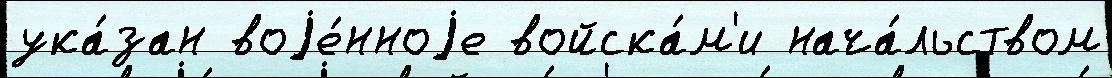
ука́зан воjе́нноjе войска́м'и нача́льством